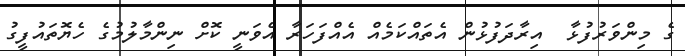
ގެ މިންވަރުފުޅާ  އިރާދަފުޅުން އެތައްކަމެއް އެއްފަހަރާ އެވަނީ ކޮށް ނިންމާލުމުގެ ހެޔޮތައުފީގު